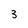
Character: 3